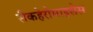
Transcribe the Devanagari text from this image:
सैकहेरोमाइसेस